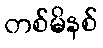
တစ်မိနစ်